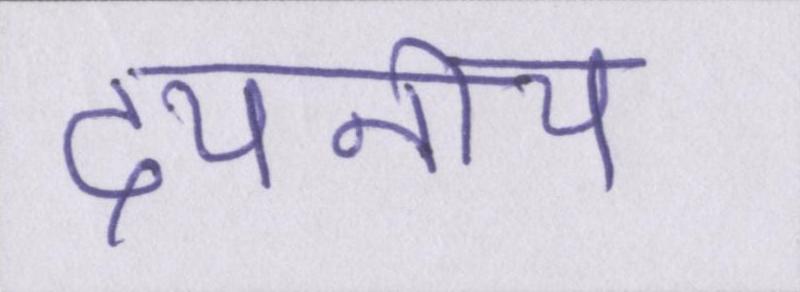
दयनीय